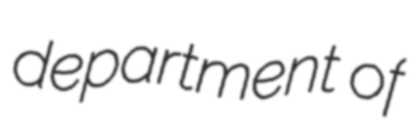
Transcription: department of